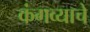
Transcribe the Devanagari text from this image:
कंगव्याचे